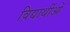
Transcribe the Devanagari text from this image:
विद्यार्थीओं